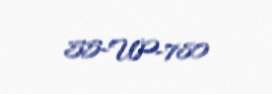
55-UP-780